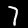
Label: 7